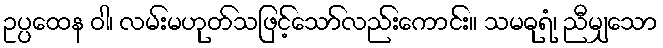
ဥပ္ပထေန ဝါ၊ လမ်းမဟုတ်သဖြင့်သော်လည်းကောင်း။ သမဓုရံ၊ ညီမျှသော